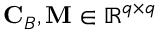
\mathbf { C } _ { B } , \mathbf { M } \in \mathbb { R } ^ { q \times q }